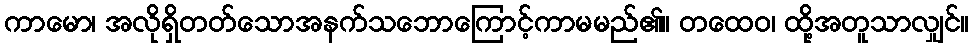
ကာမော၊ အလိုရှိတတ်သောအနက်သဘောကြောင့်ကာမမည်၏။ တထေဝ၊ ထို့အတူသာလျှင်။